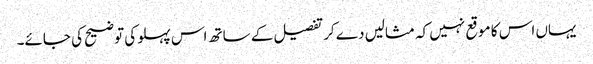
یہاں اس کا موقع نہیں کہ مثالیں دے کر تفصیل کے ساتھ اس پہلو کی توضیح کی جائے۔